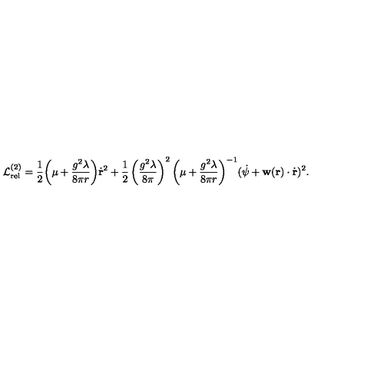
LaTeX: { \cal L } _ { \mathrm { r e l } } ^ { ( 2 ) } = \frac { 1 } { 2 } \biggl ( \mu + \frac { g ^ { 2 } \lambda } { 8 \pi r } \biggr ) \dot { { \bf r } } ^ { 2 } + \frac { 1 } { 2 } \left( \frac { g ^ { 2 } \lambda } { 8 \pi } \right) ^ { 2 } \biggl ( \mu + \frac { g ^ { 2 } \lambda } { 8 \pi r } \biggr ) ^ { - 1 } ( \dot { \psi } + { \bf w } ( { \bf r } ) \cdot \dot { { \bf r } } ) ^ { 2 } .